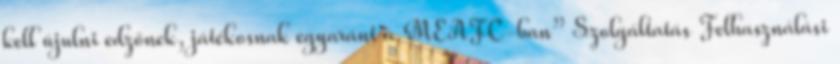
kell újulni edzőnek, játékosnak egyaránt a MEAFC-ban” Szolgáltatás Felhasználási